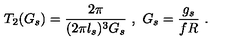
T _ { 2 } ( G _ { s } ) = \frac { 2 \pi } { ( 2 \pi l _ { s } ) ^ { 3 } G _ { s } } \ , \ G _ { s } = \frac { g _ { s } } { f R } \ .